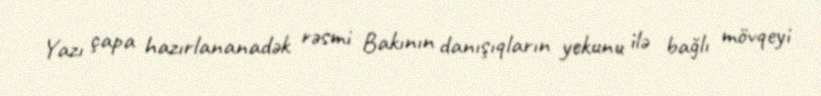
Yazı çapa hazırlananadək rəsmi Bakının danışıqların yekunu ilə bağlı mövqeyi